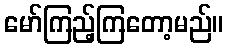
မော်ကြည့်ကြတော့မည်။